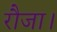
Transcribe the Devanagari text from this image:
रौजा।